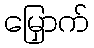
မြှောက်